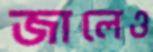
জালেও